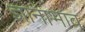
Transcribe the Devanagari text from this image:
ज्ञानाभाव